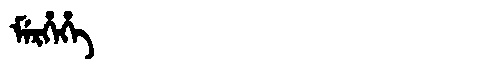
Manchu: ᠮᡝᡵᡥᡝᡥᡝ
Romanization: MERHEHE